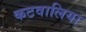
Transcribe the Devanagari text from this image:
कटवालिया